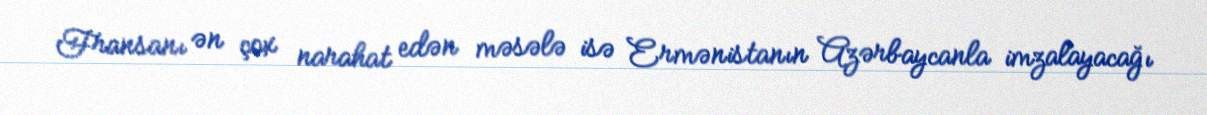
Fransanı ən çox narahat edən məsələ isə Ermənistanın Azərbaycanla imzalayacağı